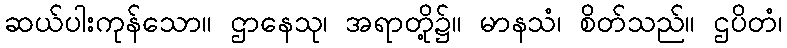
ဆယ်ပါးကုန်သော။ ဌာနေသု၊ အရာတို့၌။ မာနသံ၊ စိတ်သည်။ ဌပိတံ၊